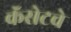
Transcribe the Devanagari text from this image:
कॅसेटचे